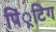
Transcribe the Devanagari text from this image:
पिं्रटिग